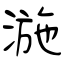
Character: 湤